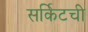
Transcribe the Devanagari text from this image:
सर्किटची